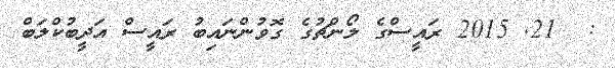
:  21